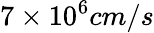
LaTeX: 7\times 10^{6}cm/s